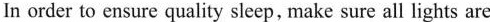
In order to ensure quality sleep, make sure all lights are